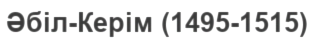
Әбіл-Керім (1495-1515)